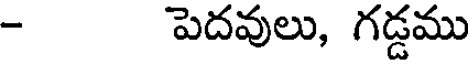
- పెదవులు, గడ్డము